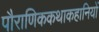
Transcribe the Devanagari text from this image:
पौराणिककथाकहानियों